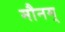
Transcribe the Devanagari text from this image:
मौनम्